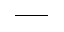
\_